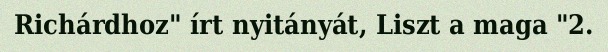
Richárdhoz" írt nyitányát, Liszt a maga "2.